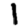
Digit: 1